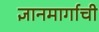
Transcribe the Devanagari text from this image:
ज्ञानमार्गाची